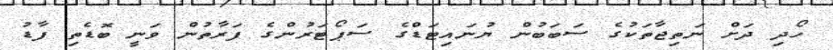
ހޯދި ދަށް ނަތިޖާތަކުގެ ސަބަބުން ޔުނައިޓަޑްގެ ސަޕޯޓަރުންގެ ފަރާތުން ވަނީ ބޮޑެތި ފާޑު